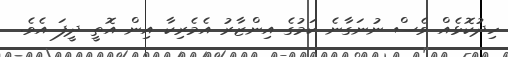
ހިދުކޮޅެއް ވެސް ނުނަގާނެ ކަމުގެ އިންޒާރު އެމެރިކާ އިން އޮތީ ދީފަ އެވެ.